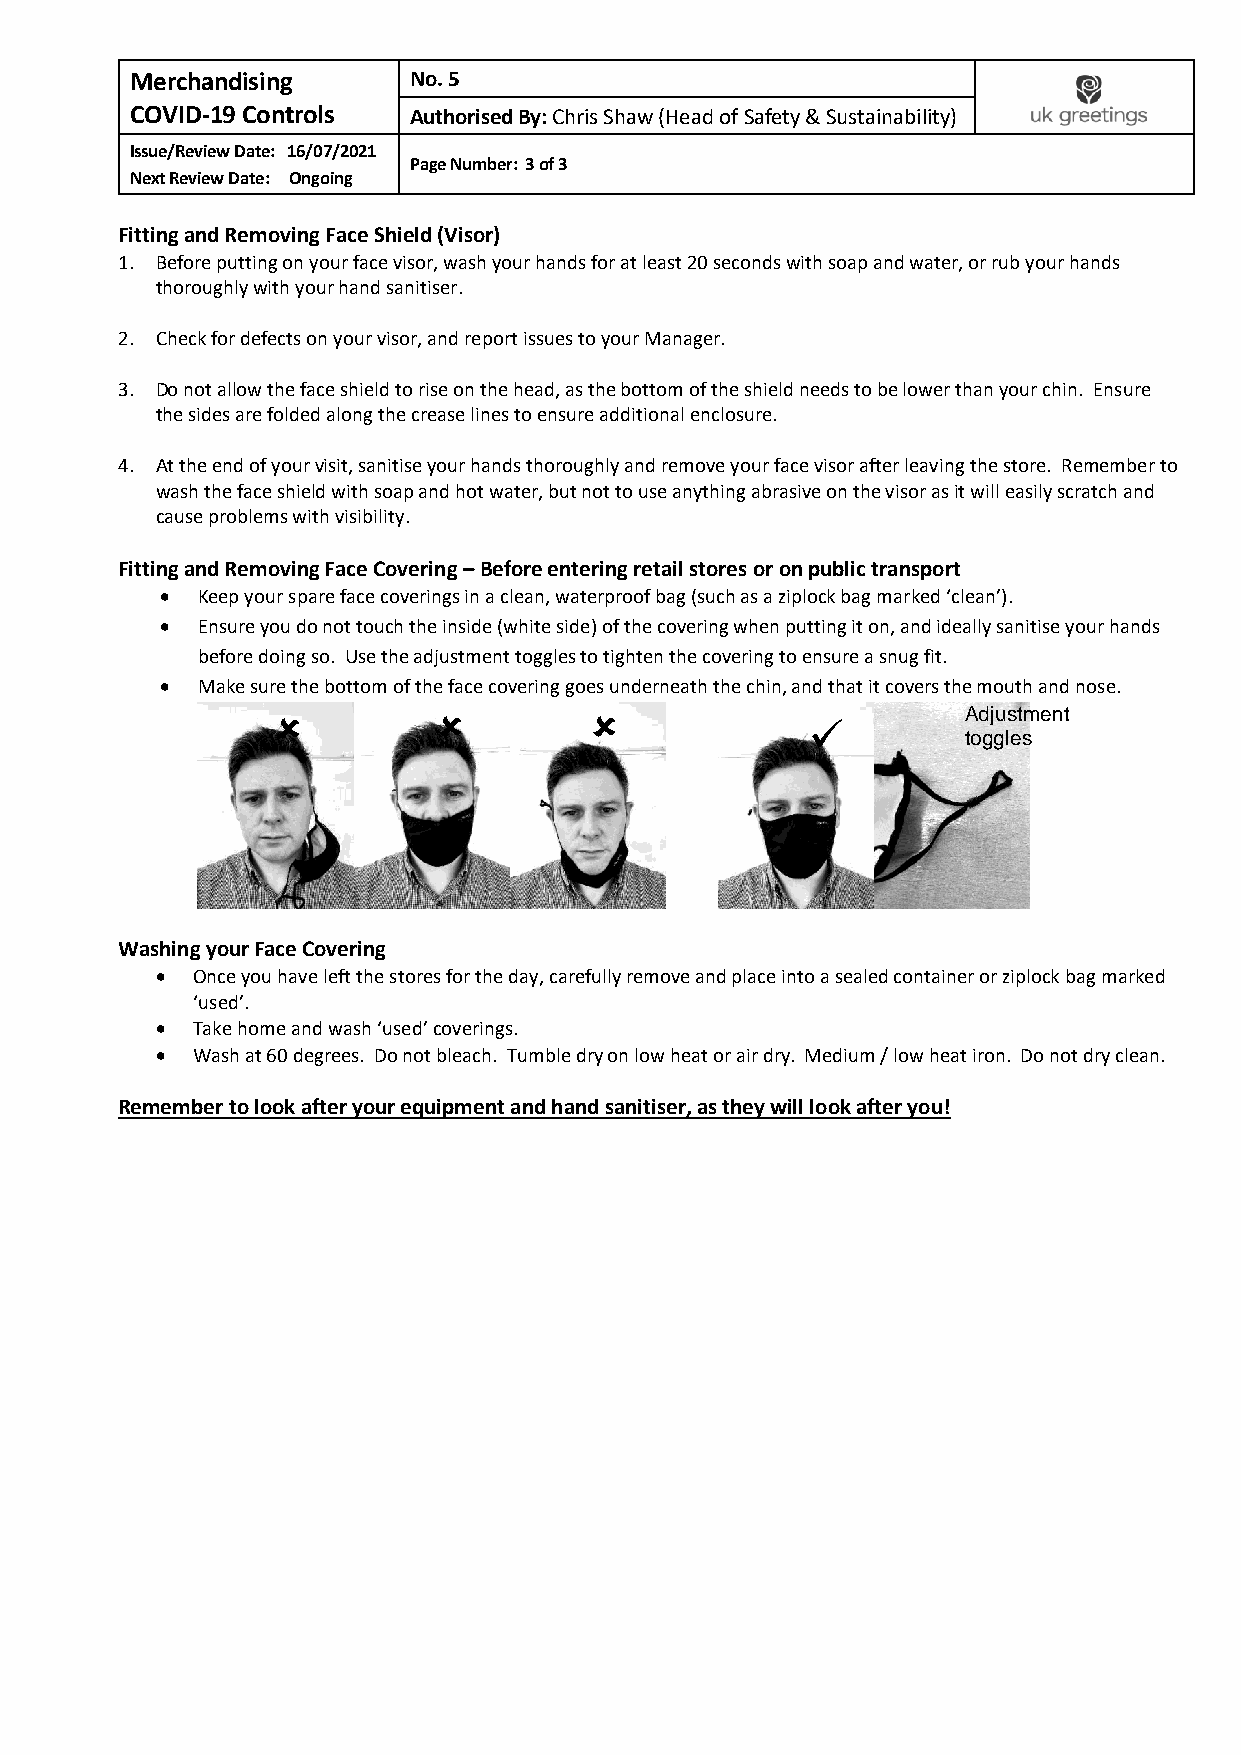
Merchandising     No. 5
 COVID-19 Controls Authorised By: Chris Shaw (Head of Safety & Sustainability)
 Issue/Review Date: 16/07/2021
 Page Number: 3 of 3
 Next Review Date: Ongoing
 Fitting and Removing Face Shield (Visor)
 1. Before putting on your face visor, wash your hands for at least 20 seconds with soap and water, or rub your hands
 thoroughly with your hand sanitiser.
 2. Check for defects on your visor, and report issues to your Manager.
 3. Do not allow the face shield to rise on the head, as the bottom of the shield needs to be lower than your chin. Ensure
 the sides are folded along the crease lines to ensure additional enclosure.
 4. At the end of your visit, sanitise your hands thoroughly and remove your face visor after leaving the store. Remember to
 wash the face shield with soap and hot water, but not to use anything abrasive on the visor as it will easily scratch and
 cause problems with visibility.
 Fitting and Removing Face Covering – Before entering retail stores or on public transport
 • Keep your spare face coverings in a clean, waterproof bag (such as a ziplock bag marked ‘clean’).
 • Ensure you do not touch the inside (white side) of the covering when putting it on, and ideally sanitise your hands
 before doing so. Use the adjustment toggles to tighten the covering to ensure a snug fit.
 • Make sure the bottom of the face covering goes underneath the chin, and that it covers the mouth and nose.
                                            Adjustment
 ✓
 toggles
 Washing your Face Covering
 •  Once you have left the stores for the day, carefully remove and place into a sealed container or ziplock bag marked
 ‘used’.
 •  Take home and wash ‘used’ coverings.
 •  Wash at 60 degrees. Do not bleach. Tumble dry on low heat or air dry. Medium / low heat iron. Do not dry clean.
 Remember to look after your equipment and hand sanitiser, as they will look after you!